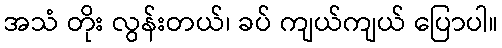
အသံ တိုး လွန်းတယ်၊ ခပ် ကျယ်ကျယ် ပြောပါ။